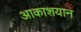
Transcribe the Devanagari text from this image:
आकाशयान